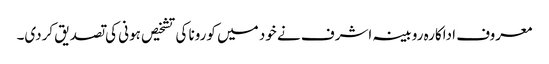
معروف اداکارہ روبینہ اشرف نے خود میں کورونا کی تشخیص ہونی کی تصدیق کردی۔